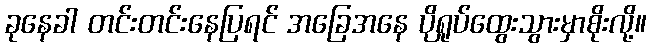
ခုနေခါ တင်းတင်းနေပြရင် အခြေအနေ ပိုရှုပ်ထွေးသွားမှာစိုးလို့။